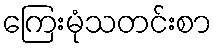
ကြေးမုံသတင်းစာ